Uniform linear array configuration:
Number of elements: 16
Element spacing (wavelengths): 0.5
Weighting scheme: hamming
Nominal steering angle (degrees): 45
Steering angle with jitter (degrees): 43.242
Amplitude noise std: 0.05
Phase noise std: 0.05

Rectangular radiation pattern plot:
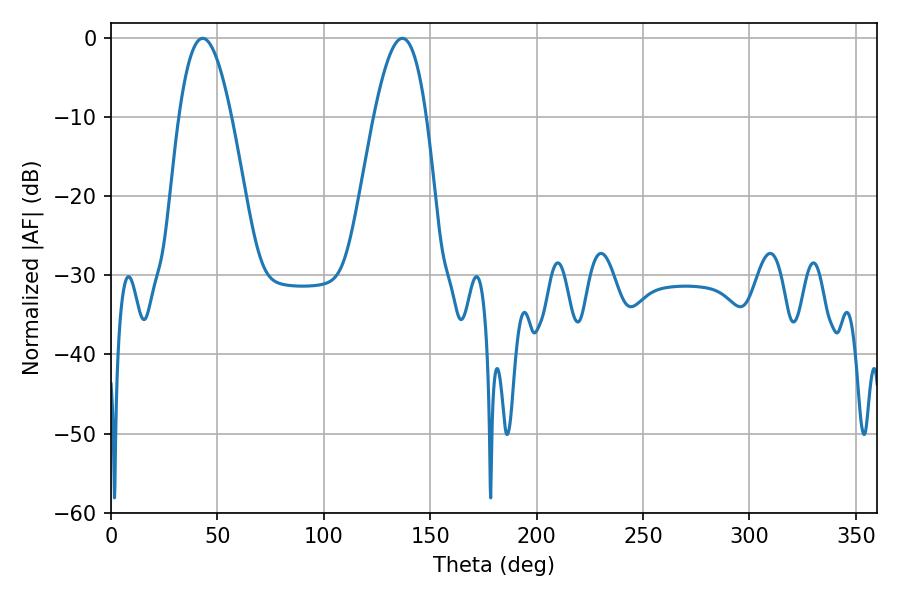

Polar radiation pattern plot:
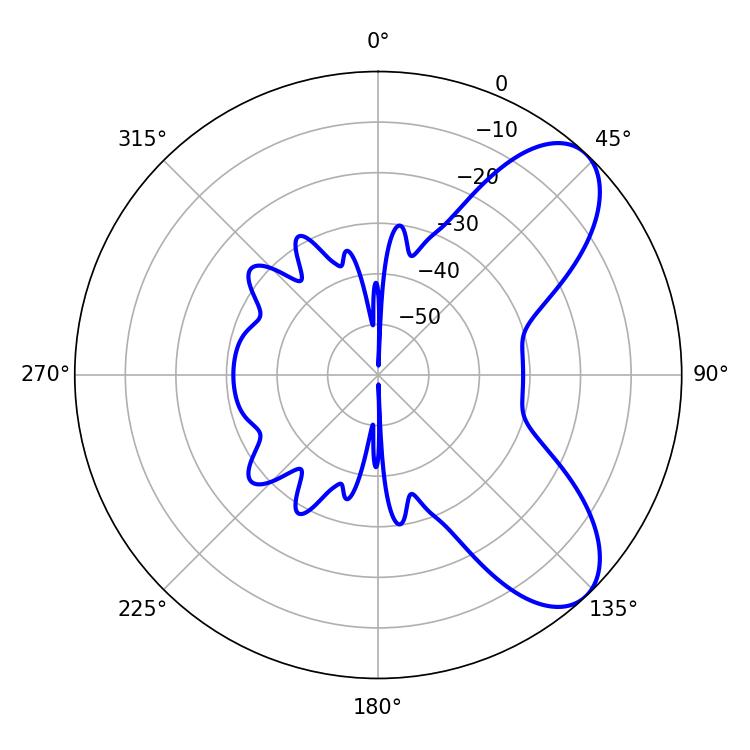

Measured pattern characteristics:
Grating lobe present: FALSE
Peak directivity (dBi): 7.577
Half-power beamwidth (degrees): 13.5
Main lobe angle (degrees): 43.02